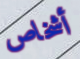
أشخاص